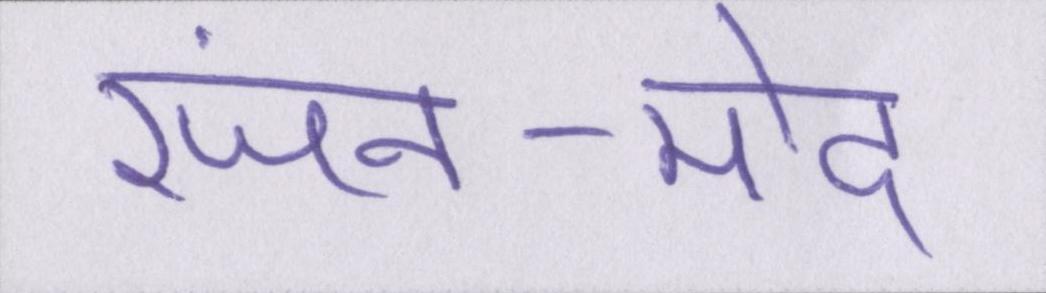
रंजन-मोद